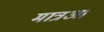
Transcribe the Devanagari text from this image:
मात्रआ